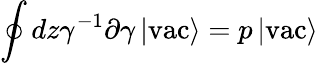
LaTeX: \oint dz\gamma^{-1}\partial\gamma\left|\mathrm{vac}\right>=p\left|\mathrm{vac}\right>